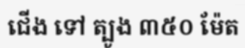
ជើង ទៅ ត្បូង ៣៥០ ម៉ែត